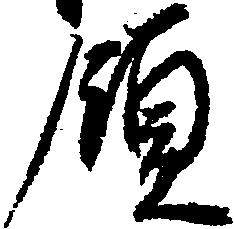
領